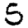
Digit: 5